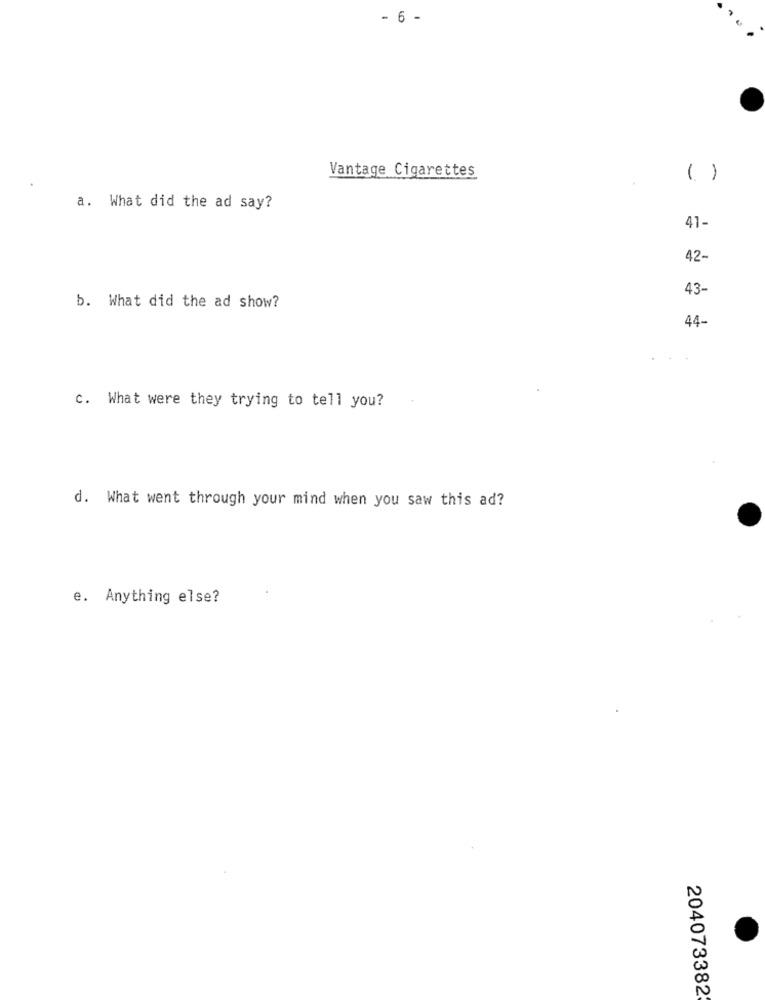
- 6 -
Vantage Cigarettes
( )
a. What did the ad say?
41-
42-
43-
b. What did the ad show?
44-
c. What were they trying to tell you?
d. What went through your mind when you saw this ad?
e. Anything else?
204073382